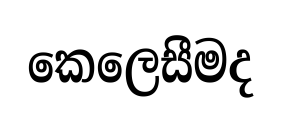
කෙලෙසීමද